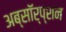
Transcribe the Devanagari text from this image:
अब्सॉर्प्शन